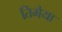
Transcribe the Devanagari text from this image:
तिमैया